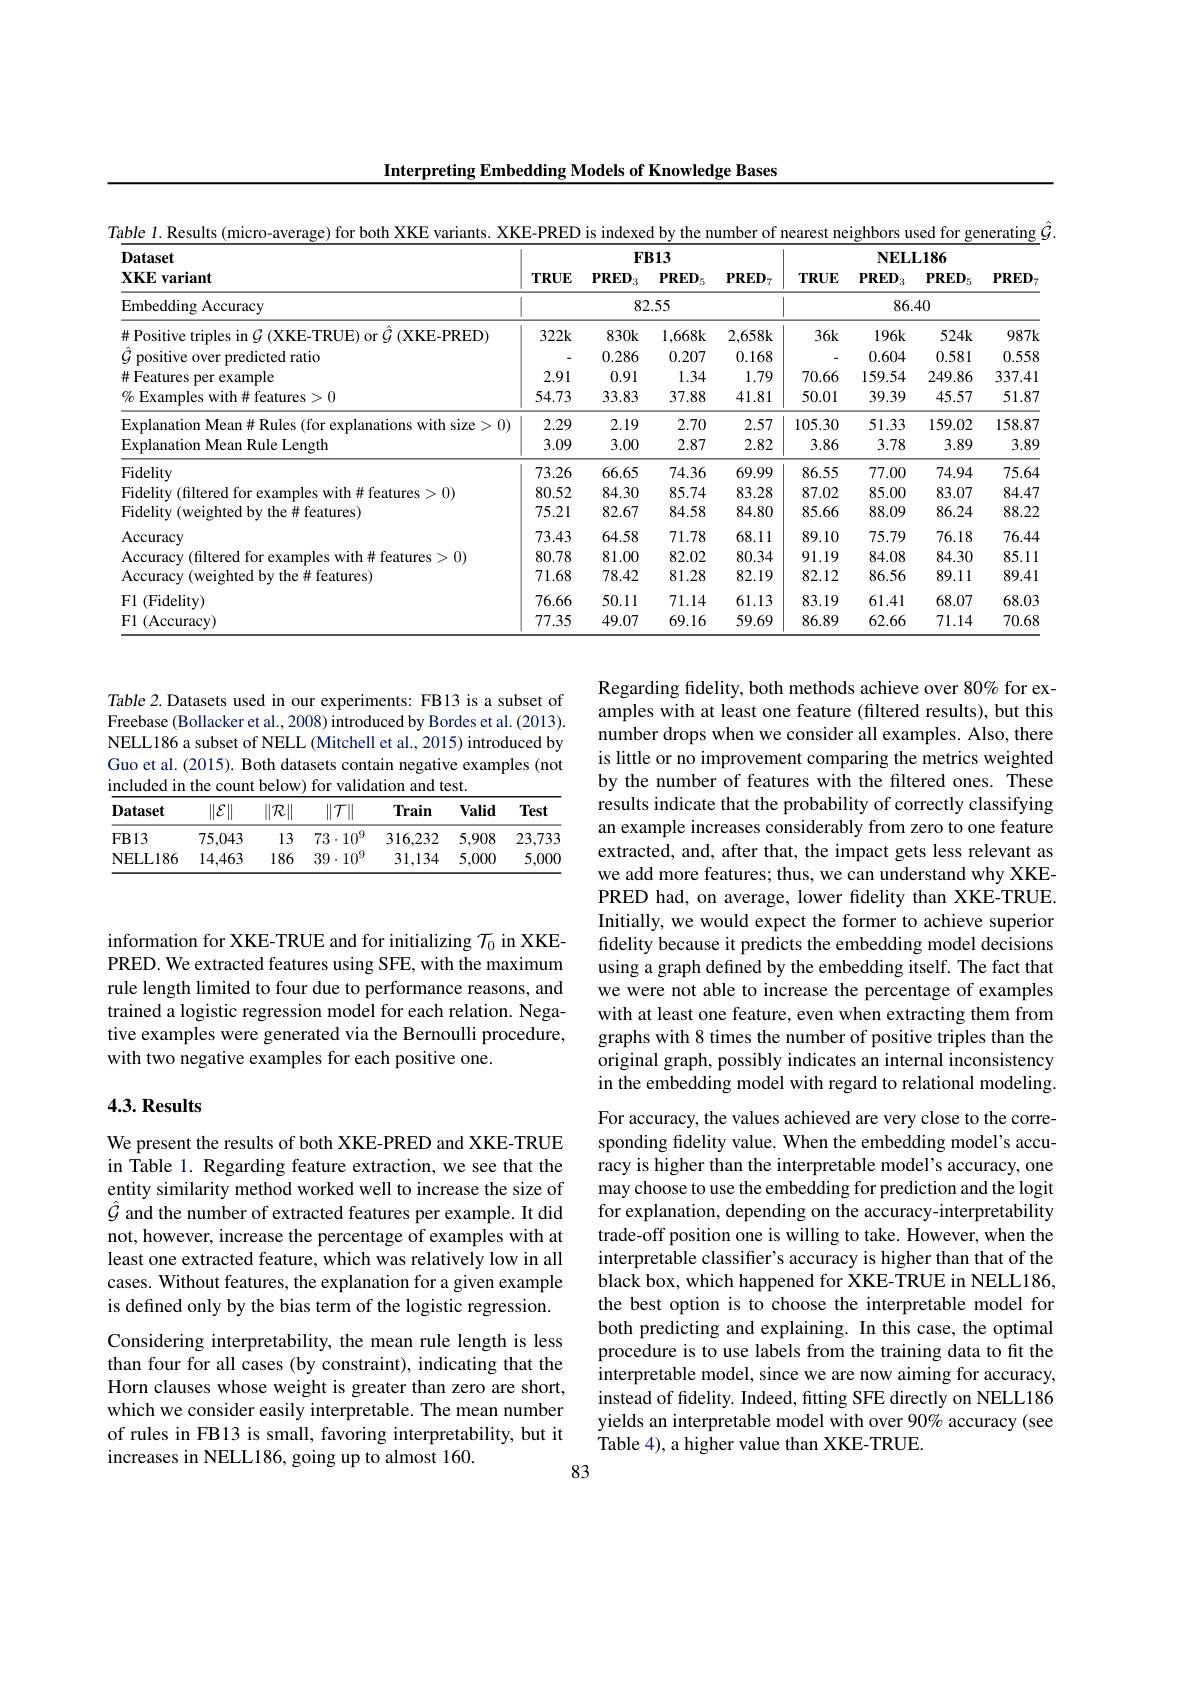
Interpreting Embedding Models of Knowledge Bases

$\hat{G}.$
$l.$ Results
variants. XKE-PRED is indexed by the number of nearest neighbors used for
<table>
	<tbody>
		<tr>
			<th rowspan="2">Dataset $\mathbf{XKE}$variant</th>
			<th colspan="4">$FB13$</th>
			<th> </th>
			<th colspan="3">$\mathbf{NELL186}$</th>
		</tr>
		<tr>
			<th>$\mathbf{TRUE}$</th>
			<th>$PRED:$ 13</th>
			<th>$PRED_5$</th>
			<th>$PRED_{7}$</th>
			<th>$\mathbf{TRUE}$</th>
			<th>$PRED$ $^{'}3$</th>
			<th>$PRED_5$</th>
			<th>$\mathbf{PRED}$</th>
		</tr>
		<tr>
			<td>Embedding Accuracy</td>
			<td> </td>
			<td>82</td>
			<td>..55</td>
			<td> </td>
			<td> </td>
			<td colspan="3">86.40</td>
		</tr>
		<tr>
			<td>$\#$ Positive triples in $\mathcal{G}$ (XKE-TRUE) or $\hat{\mathcal{G}}$ (XKE-PRED)</td>
			<td>$322k$</td>
			<td>$830k$</td>
			<td>1,668k</td>
			<td>2,658k</td>
			<td>$36k$</td>
			<td>$196k$</td>
			<td>$524k$</td>
			<td>$987k$</td>
		</tr>
		<tr>
			<td>dicted ratio mositive</td>
			<td> </td>
			<td>0.286</td>
			<td>0.207</td>
			<td>0.168</td>
			<td> </td>
			<td>0.604</td>
			<td>0.581</td>
			<td>0.558</td>
		</tr>
		<tr>
			<td>世 Features example</td>
			<td>2.91</td>
			<td>0.91</td>
			<td>1.34</td>
			<td>1.79</td>
			<td>70.66</td>
			<td>159.54</td>
			<td>249.86</td>
			<td>337.41</td>
		</tr>
		<tr>
			<td>$\%$ Examples with# features>0</td>
			<td>54.73</td>
			<td>33.83</td>
			<td>37.88</td>
			<td>41.81</td>
			<td>50.01</td>
			<td>39.39</td>
			<td>45.57</td>
			<td>51.87</td>
		</tr>
		<tr>
			<td>11</td>
			<td>2.29</td>
			<td>2.19</td>
			<td>2.70</td>
			<td>2.57</td>
			<td>105.30</td>
			<td>51.33</td>
			<td>159.02</td>
			<td>158.87</td>
		</tr>
		<tr>
			<td>Explanation Mean Rule Length</td>
			<td>3.09</td>
			<td>3.00</td>
			<td>2.87</td>
			<td>2.82</td>
			<td>3.86</td>
			<td>3.78</td>
			<td>3.89</td>
			<td>3.89</td>
		</tr>
		<tr>
			<td>Fidelity</td>
			<td>73.26</td>
			<td>66.65</td>
			<td>74.36</td>
			<td>69.99</td>
			<td>86.55</td>
			<td>77.00</td>
			<td>74.94</td>
			<td>75.64</td>
		</tr>
		<tr>
			<td>(1)</td>
			<td>80.52</td>
			<td>84.30</td>
			<td>85.74</td>
			<td>83.28</td>
			<td>87.02</td>
			<td>85.00</td>
			<td>83.07</td>
			<td>84.47</td>
		</tr>
		<tr>
			<td>the# features) Fidelitv hted hu</td>
			<td>75.21</td>
			<td>82.67</td>
			<td>84.58</td>
			<td>84.80</td>
			<td>85.66</td>
			<td>88.09</td>
			<td>86.24</td>
			<td>88.22</td>
		</tr>
		<tr>
			<td>ccuracy</td>
			<td>73.43</td>
			<td>64.58</td>
			<td>71.78</td>
			<td>68.11</td>
			<td>89.10</td>
			<td>75.79</td>
			<td>76.18</td>
			<td>76.44</td>
		</tr>
		<tr>
			<td>2(1)</td>
			<td>80.78</td>
			<td>81.00</td>
			<td>82.02</td>
			<td>80.34</td>
			<td>91.19</td>
			<td>84.08</td>
			<td>84.30</td>
			<td>85.11</td>
		</tr>
		<tr>
			<td>t features :并</td>
			<td>71.68</td>
			<td>78.42</td>
			<td>81.28</td>
			<td>82.19</td>
			<td>82.12</td>
			<td>86.56</td>
			<td>89.11</td>
			<td>89.41</td>
		</tr>
		<tr>
			<td>(Fidelity) $E1$</td>
			<td>76.66</td>
			<td>50.11</td>
			<td>71.14</td>
			<td>61.13</td>
			<td>83.19</td>
			<td>61.41</td>
			<td>68.07</td>
			<td>68.03</td>
		</tr>
		<tr>
			<td>$\operatorname{lccuracy}$ $H$</td>
			<td>77.35</td>
			<td>49.07</td>
			<td>69.16</td>
			<td>59.69</td>
			<td>86.89</td>
			<td>62.66</td>
			<td>71.14</td>
			<td>70.68</td>
		</tr>
	</tbody>
</table>

Table 2. Datasets used in our experiments: FB13 is a subset of Freebase (Bollacker et al., 2008) introduced by Bordes et al. (2013). NELL186 a subset of NELL (Mitchell et al., 2015) introduced by Guo et al. (2015). Both datasets contain negative examples (not included in the count below) for validation and test.

<table>
	<tbody>
		<tr>
			<th>$\mathbf{Dataset}$</th>
			<th>$\|\mathcal{E}\|$</th>
			<th>$\|\mathcal{R}\|$</th>
			<th>$\|\mathcal{T}\|$</th>
			<th>Train</th>
			<th>Valid</th>
			<th>Test</th>
		</tr>
		<tr>
			<td>$FB13$</td>
			<td>75,043</td>
			<td>13</td>
			<td>$73\cdot10^9$</td>
			<td>316,232</td>
			<td>5,908</td>
			<td>23,733</td>
		</tr>
		<tr>
			<td>NELL186</td>
			<td>14,463</td>
			<td>186</td>
			<td>$39\cdot10^{9}$</td>
			<td>31,134</td>
			<td>5,000</td>
			<td>5,00C</td>
		</tr>
	</tbody>
</table>

information for XKE-TRUE and for initializing $\mathcal{T}_0$ in XKEPRED. We extracted features using SFE, with the maximum rule length limited to four due to performance reasons, and trained a logistic regression model for each relation. Negative examples were generated via the Bernoulli procedure, with two negative examples for each positive one.

Regarding fidelity, both methods achieve over 80% for examples with at least one feature (filtered results), but this number drops when we consider all examples. Also, there is little or no improvement comparing the metrics weighted by the number of features with the filtered ones. These results indicate that the probability of correctly classifying an example increases considerably from zero to one feature extracted, and, after that, the impact gets less relevant as we add more features; thus, we can understand why XKEPRED had, on average, lower fidelity than XKE-TRUE. Initially, we would expect the former to achieve superior fidelity because it predicts the embedding model decisions using a graph defined by the embedding itself. The fact that we were not able to increase the percentage of examples with at least one feature, even when extracting them from graphs with 8 times the number of positive triples than the original graph, possibly indicates an internal inconsistency in the embedding model with regard to relational modeling. For accuracy, the values achieved are very close to the corresponding fidelity value. When the embedding model's accuracy is higher than the interpretable model's accuracy, one may choose to use the embedding for prediction and the logit for explanation, depending on the accuracy-interpretability trade-off position one is willing to take. However, when the interpretable classifier's accuracy is higher than that of the black box, which happened for XKE-TRUE in NELL186, the best option is to choose the interpretable model for both predicting and explaining. In this case, the optimal procedure is to use labels from the training data to fit the interpretable model, since we are now aiming for accuracy, instead of fidelity. Indeed, fitting SFE directly on NELL186 yields an interpretable model with over 90% accuracy (see Table 4), a higher value than XKE-TRUE.
83

### $4. 3. \textbf{Results}$

We present the results of both XKE-PRED and XKE-TRUE in Table 1. Regarding feature extraction, we see that the entity similarity method worked well to increase the size of $\hat{\mathcal{G}}$ and the number of extracted features per example. It did not, however, increase the percentage of examples with at least one extracted feature, which was relatively low in all cases. Without features, the explanation for a given example is defined only by the bias term of the logistic regression. Considering interpretability, the mean rule length is less than four for all cases (by constraint), indicating that the Horn clauses whose weight is greater than zero are short, which we consider easily interpretable. The mean number of rules in FB13 is small, favoring interpretability, but it increases in NELL186, going up to almost 160.